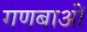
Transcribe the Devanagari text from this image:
गणबाओं